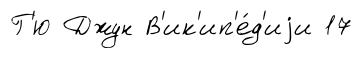
Г'ю Джун В'ик'ип'е́д'иjи 17